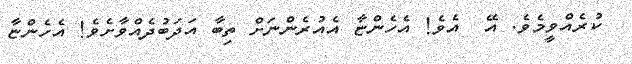
ކުރެއްވީމެވެ. އޭ  އެވެ! އެހެންޏާ އެއުރެންނަށް ތިބާ އަދަބުދެއްވާށެވެ! އެހެންޏާ